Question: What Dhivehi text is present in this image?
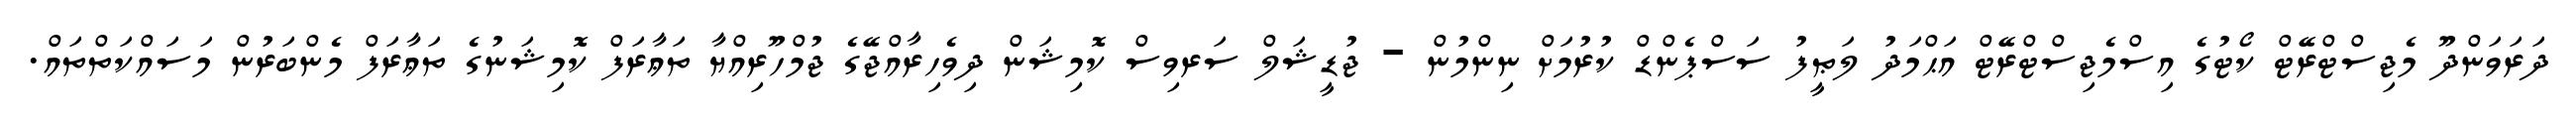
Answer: ދަރަވަންދޫ މެޖިސްޓްރޭޓް ކޯޓުގެ އިސްމެޖިސްޓްރޭޓް އަޙްމަދު ލަޠީފު ސަސްޕެންޑް ކުރުމަށް ނިންމުން - ޖުޑީޝަލް ސަރވިސް ކޮމިޝަން ދިވެހިރާއްޖޭގެ ޖުމްހޫރިއްޔާ ތަޢާރަފް ކޮމިޝަނުގެ ތަޢާރަފް މެންބަރުން މަސައްކަތްތައް.